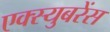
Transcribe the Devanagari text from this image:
एक्स्युबरेंस